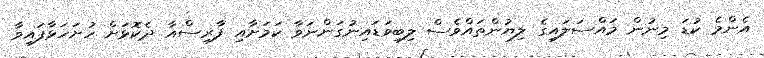
އެންމެ ކުޑަ މިނުން މައްސަލައިގެ ލިޔުންތައްވެސް ލިބިވަޑައިނުގަންނަވާ ކަމަށާއި ފާރިސްއާ ދެކޮޅަށް ހުށަހަޅާފައިވާ